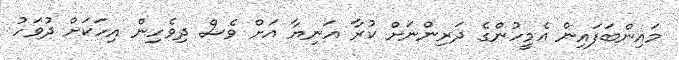
މައިންބަފައިން އެމީހުންގެ ދަރިންނަށް ކުރާ އަނިޔާ އަށް ވެސް ދިވެހިން އިހަކަށް ދުވަހު